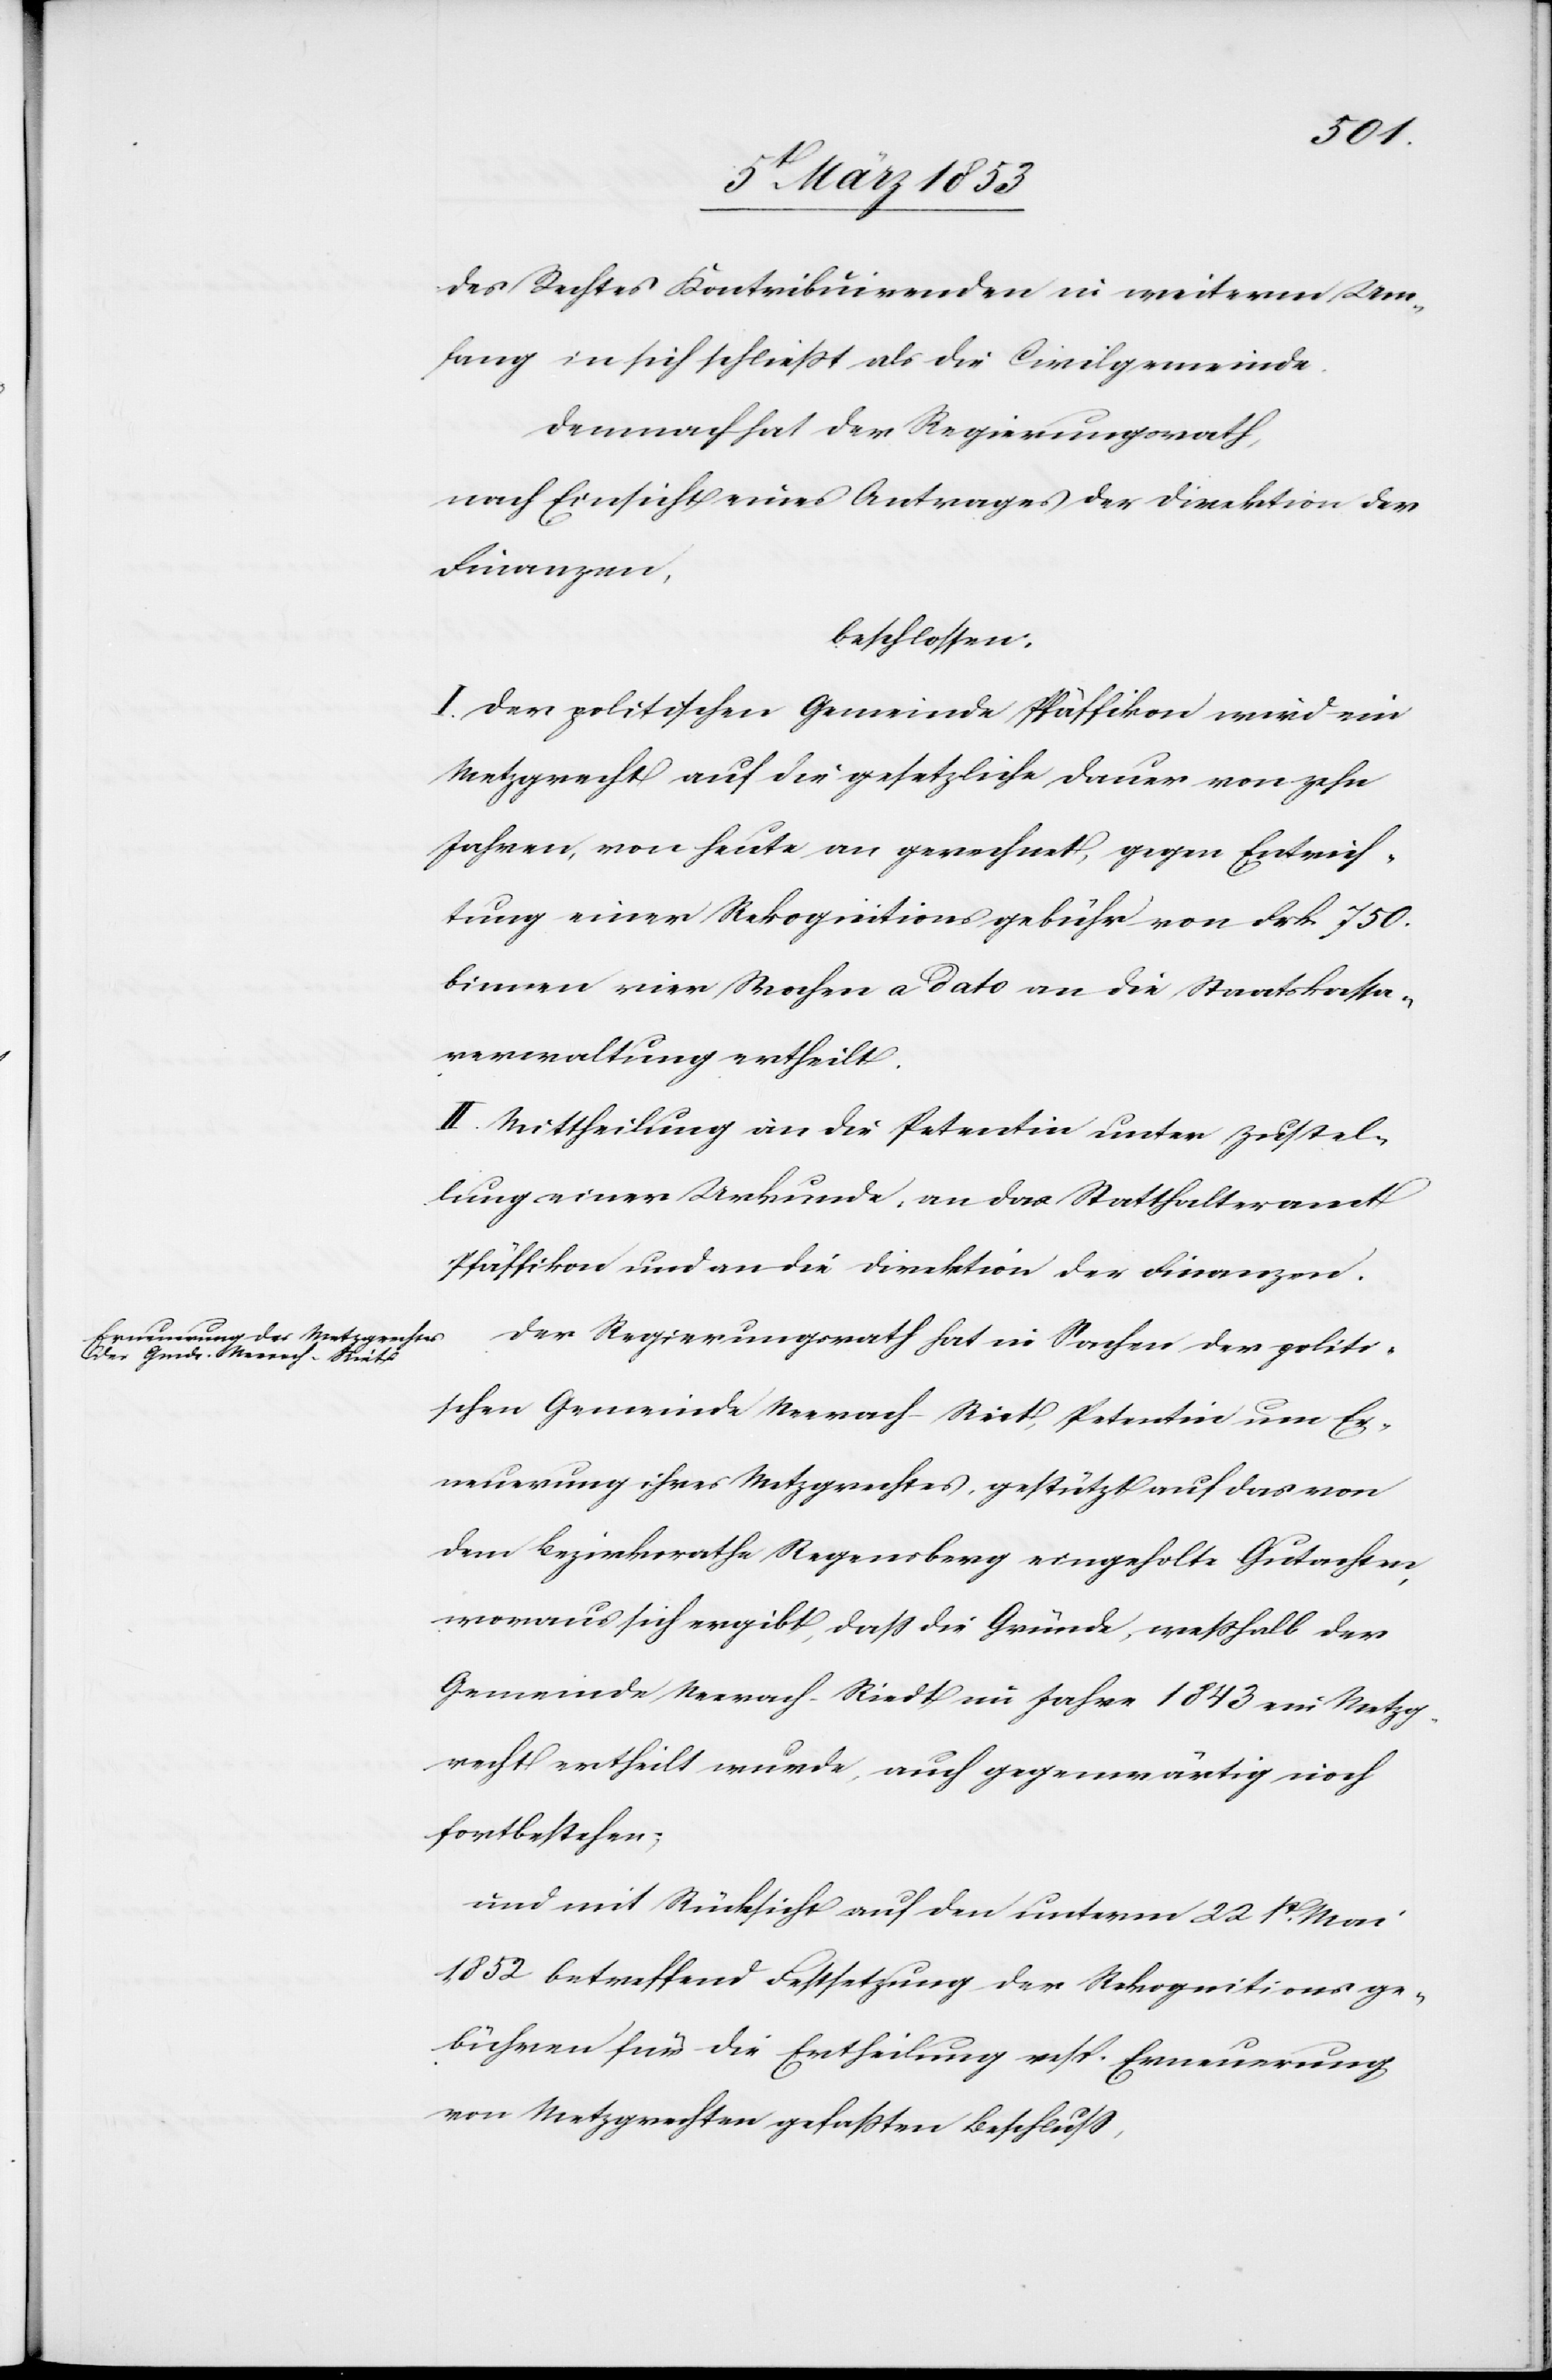
des Rechtes Kontribuirenden in weiterm Um¬
fang in sich schließt als die Civilgemeinde.
Demnach hat der Regierungsrath,
nach Einsicht eines Antrages der Direktion der
Finanzen,
beschlossen:
I. Der politischen Gemeinde Pfäffikon wird ein
Metzgrecht auf die gesetzliche Dauer von zehn
Jahren, von heute an gerechnet, gegen Entrich¬
tung einer Rekognitionsgebühr von Frk. 750.
binnen vier Wochen a dato an die Staatskassa¬
verwaltung ertheilt.
II. Mittheilung an die Petentin unter Zustel¬
lung einer Urkunde, an das Statthalteramt
Pfäffikon und an die Direktion der Finanzen.
Der Regierungsrath hat in Sachen der politi¬
schen Gemeinde Neerach-Riet, Petentin um Er¬
neuerung ihres Metzgrechtes, gestützt auf das von
dem Bezirksrathe Regensberg eingeholte Gutachten,
woraus sich ergibt, daß die Gründe, weßhalb der
Gemeinde Neerach-Riedt im Jahre 1843 ein Metzg¬
recht ertheilt wurde, auch gegenwärtig noch
fortbestehen:
und mit Rücksicht auf den unterm 22t. Mai
1852 betreffend Festsetzung der Rekognitionsge¬
bühren für die Ertheilung resp. Erneuerung
von Metzgrechten gefaßten Beschluß,